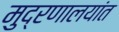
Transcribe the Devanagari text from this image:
मुद्रणालयांत